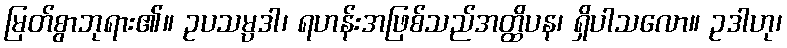
မြတ်စွာဘုရား၏။ ဥပသမ္ပဒါ၊ ရဟန်းအဖြစ်သည်အတ္ထိပန၊ ရှိပါသလော။ ဥဒါဟု၊